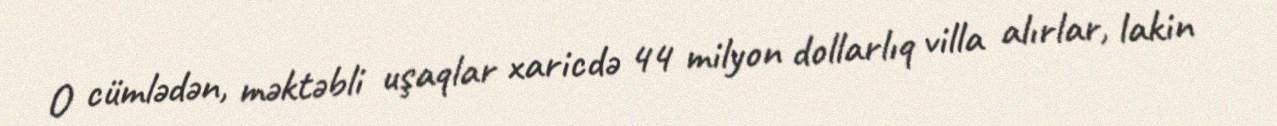
O cümlədən, məktəbli uşaqlar xaricdə 44 milyon dollarlıq villa alırlar, lakin